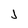
Character: j